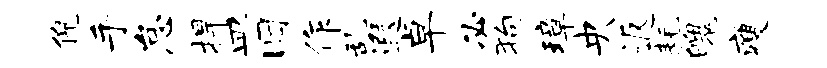
倪手怠捍皿旧作乱遐卓必狗璋央返耗魄瘦